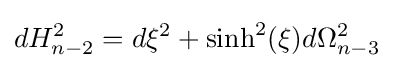
dH_{n-2}^{2}=d\xi ^{2}+\sinh ^{2}(\xi )d\Omega _{n-3}^{2}